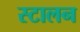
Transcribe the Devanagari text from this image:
स्टालन